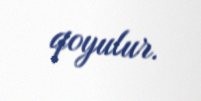
qoyulur.